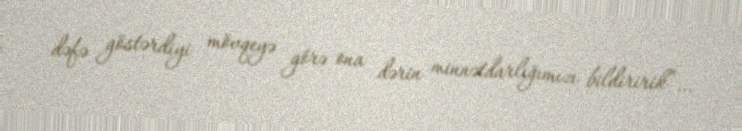
dəfə göstərdiyi mövqeyə görə ona dərin minnətdarlığımızı bildiririk”...